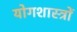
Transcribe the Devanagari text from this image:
योगशास्त्रों